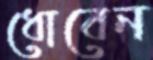
ধোবেন